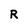
Character: R